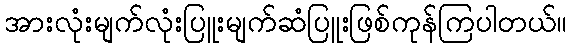
အားလုံးမျက်လုံးပြူးမျက်ဆံပြူးဖြစ်ကုန်ကြပါတယ်။